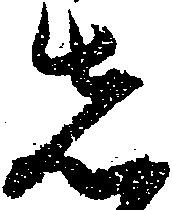
先